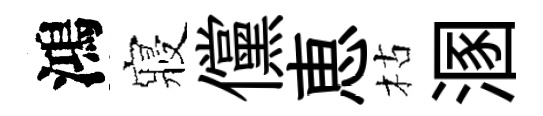
鴻寢儻恵枯溷